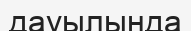
дауылында